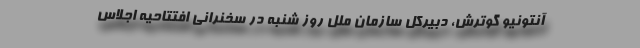
آنتونیو گوترش، دبیرکل سازمان ملل روز شنبه در سخنرانی افتتاحیه اجلاس